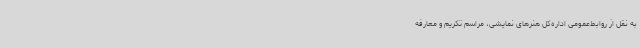
به نقل از روابط‌عمومی اداره‌کل هنرهای نمایشی، مراسم تکریم و معارفه